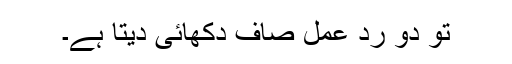
تو دو رد عمل صاف دکھائی دیتا ہے۔